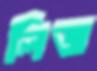
লিজ